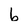
Character: b